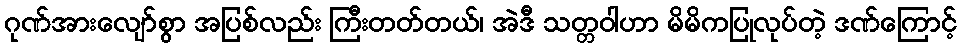
ဂုဏ်အားလျော်စွာ အပြစ်လည်း ကြီးတတ်တယ်၊ အဲဒီ သတ္တဝါဟာ မိမိကပြုလုပ်တဲ့ ဒဏ်ကြောင့်